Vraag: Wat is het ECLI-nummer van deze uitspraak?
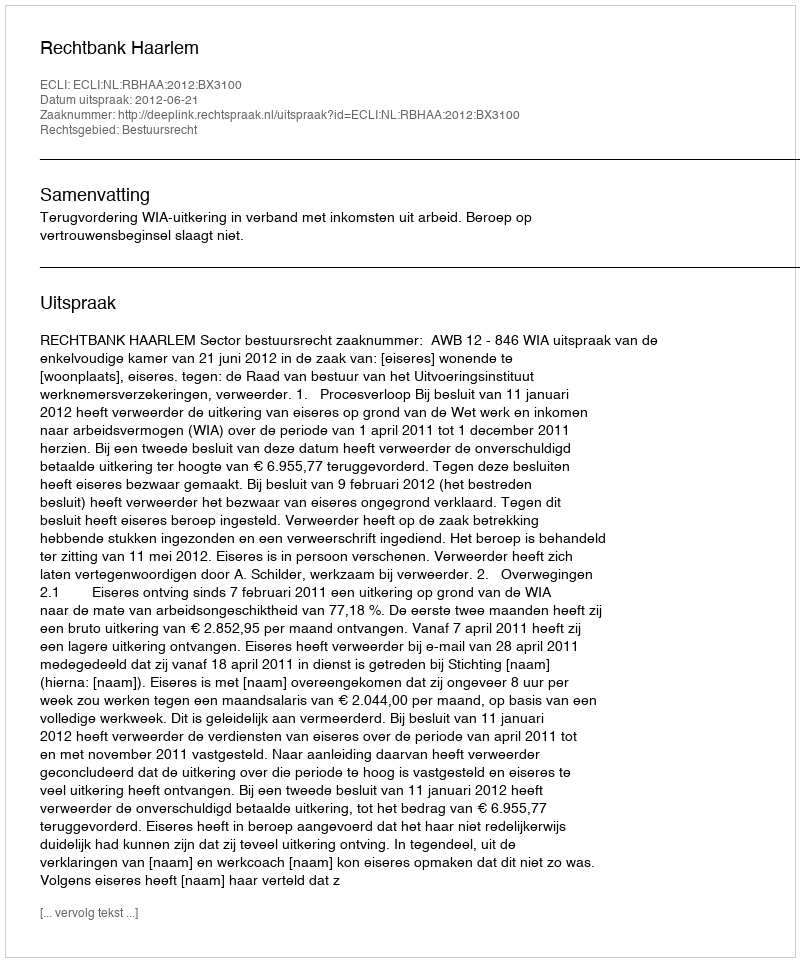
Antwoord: ECLI:NL:RBHAA:2012:BX3100